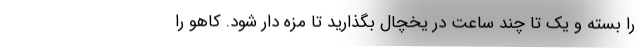
را بسته و یک تا چند ساعت در یخچال بگذارید تا مزه دار شود. کاهو را